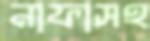
নাফাসহ